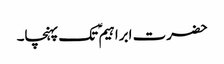
حضرت ابراہیم ؑ تک پہنچا۔